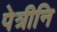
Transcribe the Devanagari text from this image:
पेत्रीनि